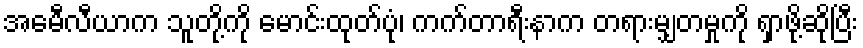
အေမီလီယာက သူတို့ကို မောင်းထုတ်ပုံ၊ ကက်တာရီးနာက တရားမျှတမှုကို ရှာဖို့ဆိုပြီး